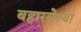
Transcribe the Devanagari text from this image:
बहारलेल्या